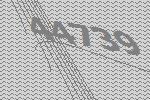
44739